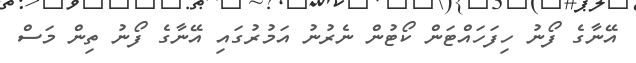
އޭނާގެ ފޯނު ހިފަހައްޓަން ކޯޓުން ނެރުނު އަމުރުގައި އޭނާގެ ފޯނު ތިން މަސް